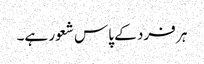
ہر فرد کے پاس شعور ہے۔